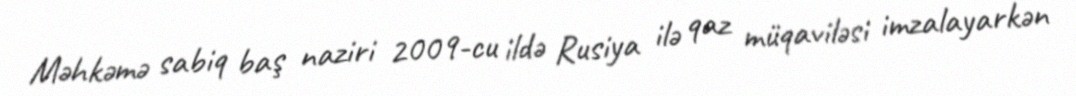
Məhkəmə sabiq baş naziri 2009-cu ildə Rusiya ilə qaz müqaviləsi imzalayarkən